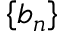
\left\{ b _ { n } \right\}